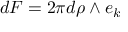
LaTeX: d F = 2 \pi d \rho \wedge e _ { k }